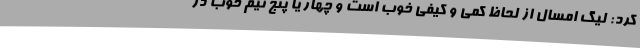
کرد: لیگ امسال از لحاظ کمی و کیفی خوب است و چهار یا پنج تیم خوب در